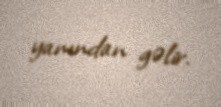
yanından gəlir.